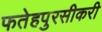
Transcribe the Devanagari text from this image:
फतेहपुरसीकरी